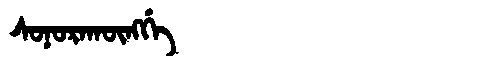
Manchu: ᠰᠣᠨᠣᡵᠠᡴᡡᠩᡤᡝ
Romanization: SONORAKŪNGGE